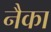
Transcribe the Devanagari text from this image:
नैका